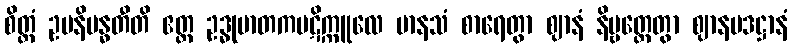
စိတ္တံ ဥပနိဗန္ဓတီတိ ဧတ္ထ ဥဒ္ဓုမာတကပဋိက္ကူလေ မာနသံ စာရေတွာ ဈာနံ နိဗ္ဗတ္တေတွာ ဈာနပဒဋ္ဌာနံ